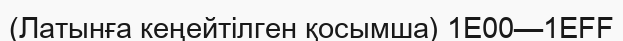
(Латынға кеңейтілген қосымша) 1E00—1EFF